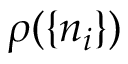
\rho ( \{ n _ { i } \} )